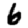
Digit: 6